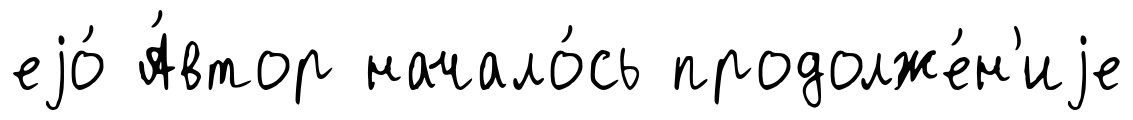
еjо́ А́втор начало́сь продолже́н'иjе